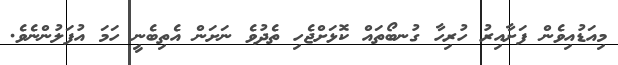
މިއަޑުއިވެން ފަށާއިރު ހުރިހާ ގުނބޯތައް ކޮޅަށްޖެހި ތެދުވެ ނަށަން އެތިބެނީ ހަމަ އުފަލުންނެވެ.